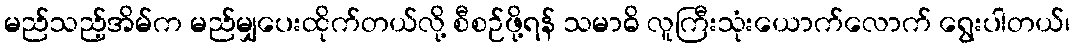
မည်သည့်အိမ်က မည်မျှပေးထိုက်တယ်လို့ စီစဉ်ဖို့ရန် သမာဓိ လူကြီးသုံးယောက်လောက် ရွေးပါတယ်၊